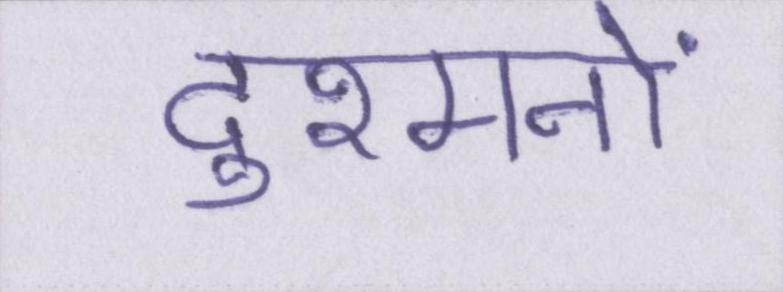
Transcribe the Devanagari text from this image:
दुश्मनों